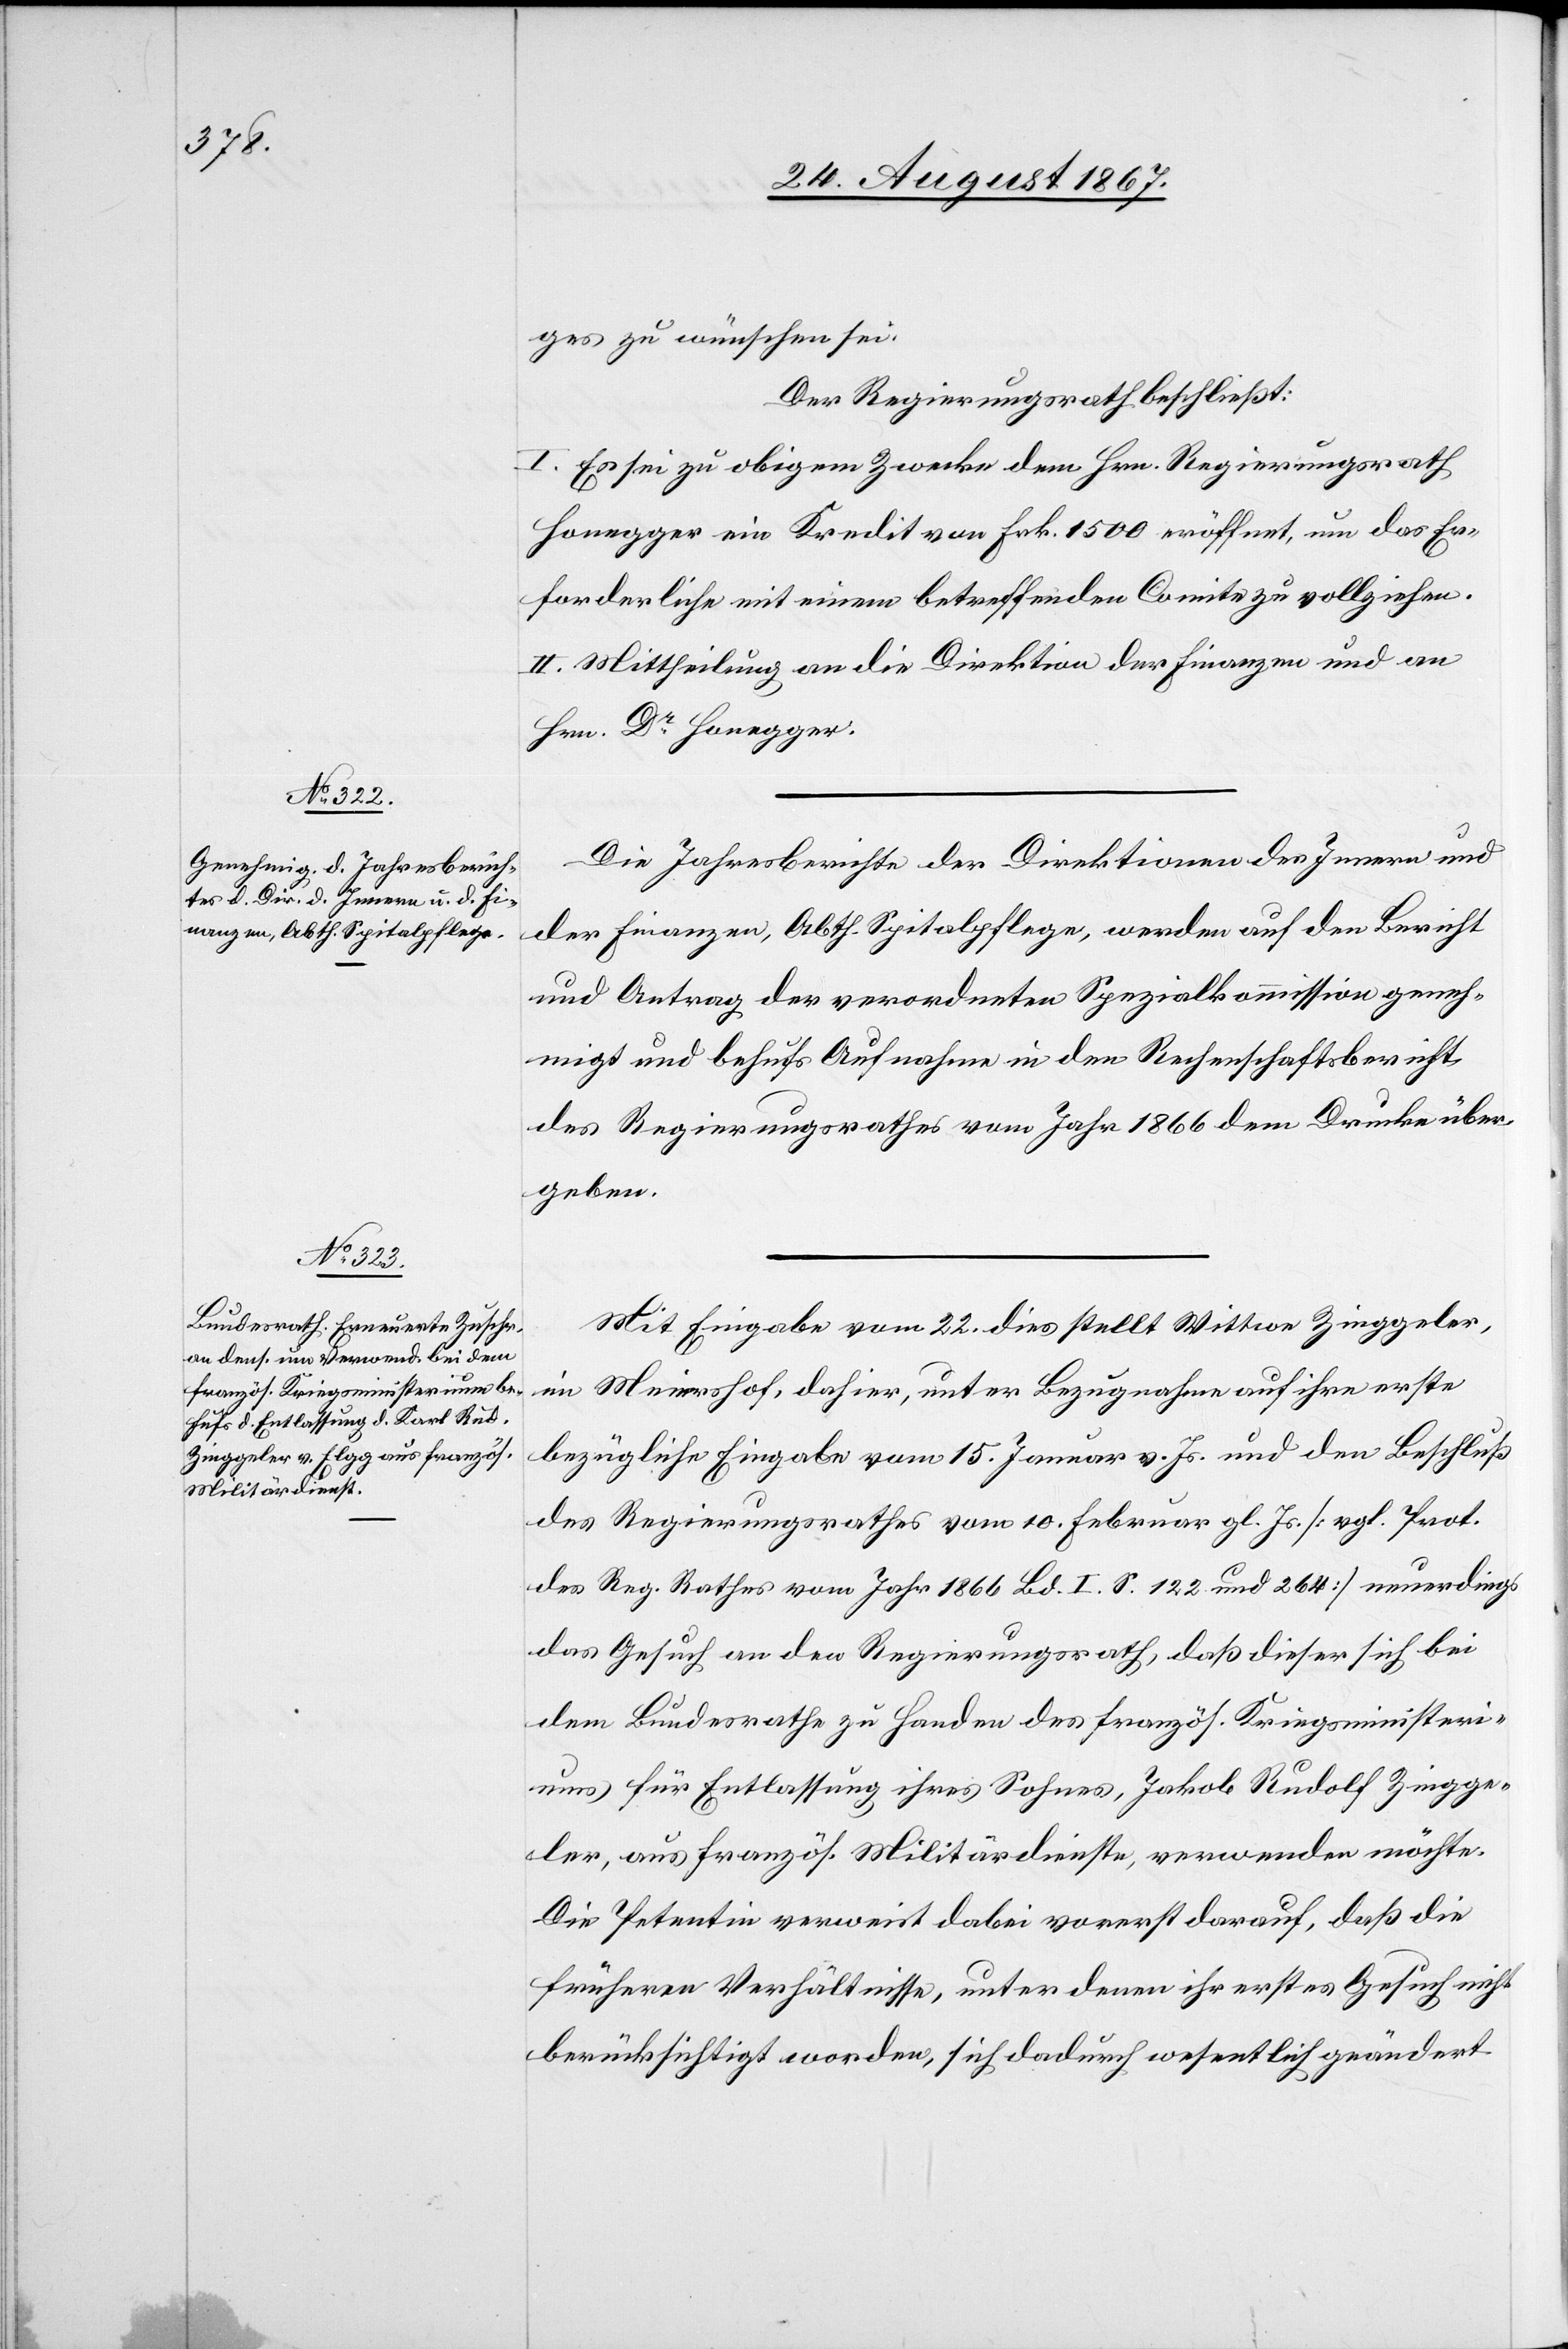
ges zu wünschen sei.
Der Regierungsrath beschließt:
I. Es sei zu obigem Zwecke dem Hrn. Regierungsrath
Honegger ein Kredit von Frk. 1500 eröffnet, um das Er¬
forderliche mit einem betreffenden Comite zu vollziehen.
II. Mittheilung an die Direktion der Finanzen und an
Hrn. Dr. Honegger.
Die Jahresberichte der Direktionen des Innern und
der Finanzen, Abth. Spitalpflege, werden auf den Bericht
und Antrag der verordneten Spezialkommission geneh¬
migt und behufs Aufnahme in den Rechenschaftsbericht
des Regierungsrathes vom Jahr 1866 dem Drucke über¬
geben.
Mit Eingabe vom 22. dies stellt Wittwe Zinggeler
im Meiershof, dahier, unter Bezugnahme auf ihre erste
bezügliche Eingabe vom 15. Januar v. Js. und den Beschluß
des Regierungsrathes vom 10. Februar gl. Js. [vgl. Prot.
des Reg. Rathes vom Jahr 1866 Bd. I. S. 122 und 264] neuerdings
das Gesuch an den Regierungsrath, daß dieser sich bei
dem Bundesrathe zu Handen des französ. Kriegsministeri¬
ums für Entlassung ihres Sohnes, Jakob [sic!] Rudolf Zingge¬
ler, aus französ. Militärdienste, verwenden möchte.
Die Petentin verweist dabei vorerst darauf, daß die
frühern Verhältnisse, unter denen ihr erstes Gesuch nicht
berücksichtigt worden, sich dadurch wesentlich geändert